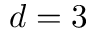
d = 3